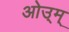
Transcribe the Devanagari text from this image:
ओउ्म्